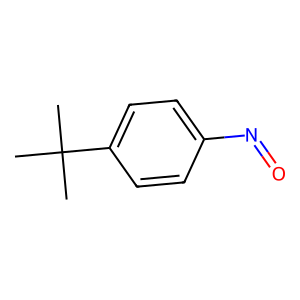
SMILES: CC(C)(C)c1ccc(N=O)cc1
Inhibits HIV replication: No